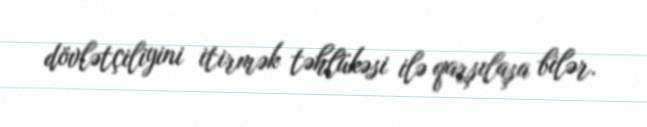
dövlətçiliyini itirmək təhlükəsi ilə qarşılaşa bilər.